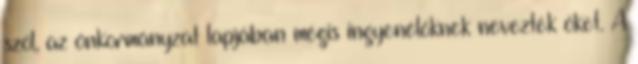
szól, az önkormányzat lapjában mégis ingyenélőknek nevezték őket. A